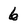
Character: 6